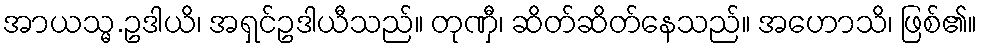
အာယသ္မ.ဥဒါယိ၊ အရှင်ဥဒါယီသည်။ တုဏှီ၊ ဆိတ်ဆိတ်နေသည်။ အဟောသိ၊ ဖြစ်၏။